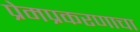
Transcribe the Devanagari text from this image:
प्रेमप्रकरणाचा